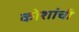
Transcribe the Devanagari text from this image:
कोशांची